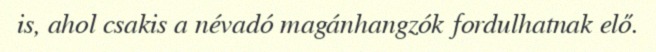
is, ahol csakis a névadó magánhangzók fordulhatnak elő.